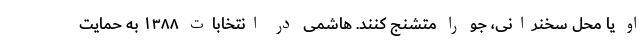
او یا محل سخنرانی، جو را متشنج کنند. هاشمی در انتخابات ۱۳۸۸ به حمایت